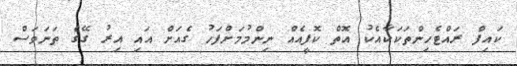
ކައިފް ރައްޓެހިންތަކަކާއެކު އޮތް ކޮފީއެއް ނިންމުމަށްފަހު ގެއަށް އައި އިރު ގޭގެ ތަނަވަސް